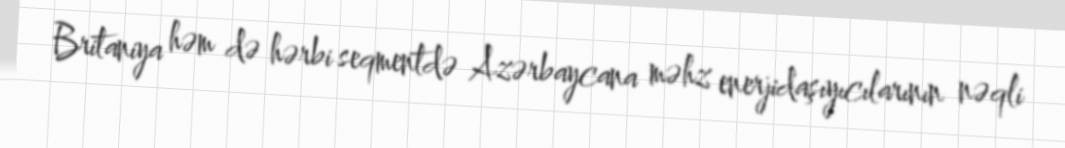
Britaniya həm də hərbi seqmentdə Azərbaycana məhz enerjidaşıyıcılarının nəqli